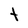
Character: t